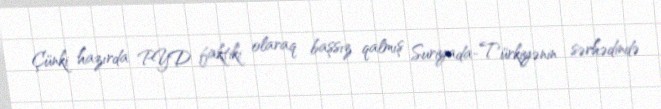
Çünki hazırda PYD faktiki olaraq başsız qalmış Suriyada-Türkiyənin sərhədində